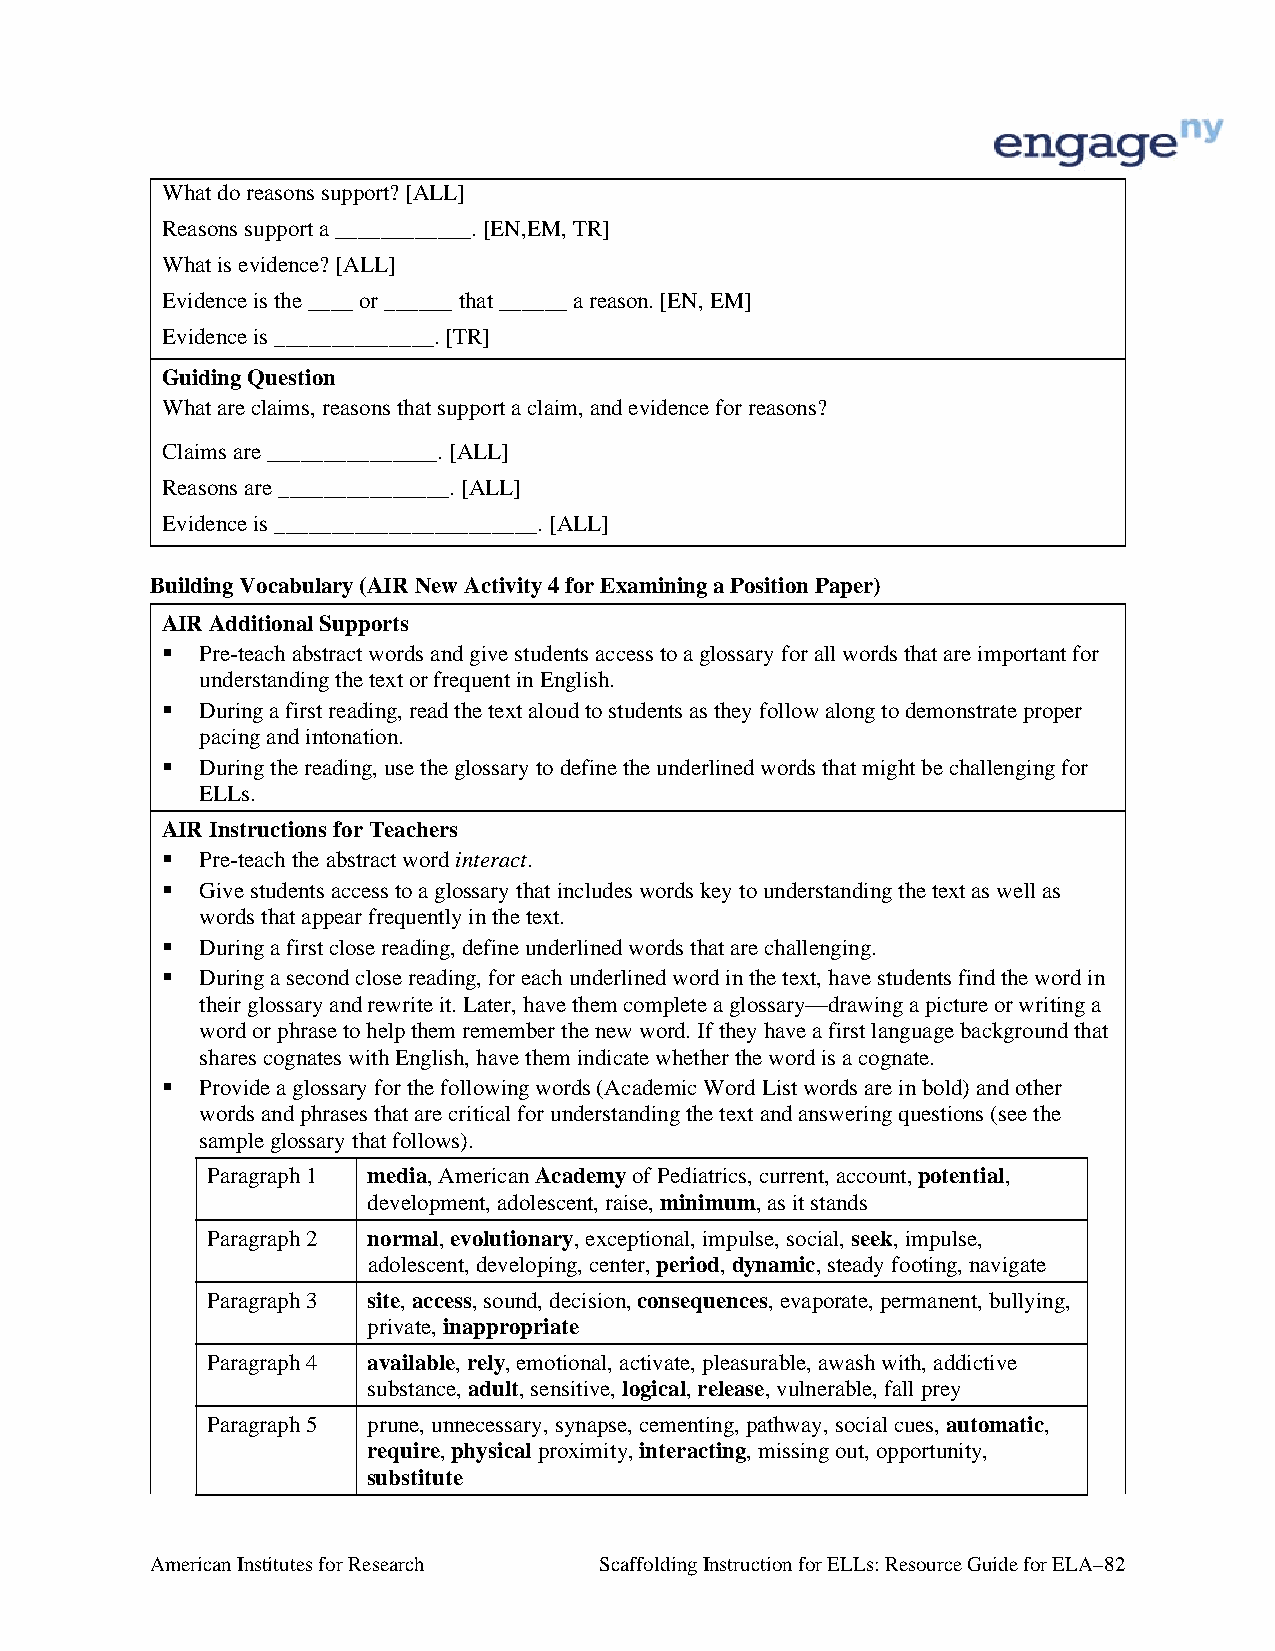
What do reasons support? [ALL]
 Reasons support a ____________. [EN,EM, TR]
 What is evidence? [ALL]
 Evidence is the ____ or ______ that ______ a reason. [EN, EM]
 Evidence is ______________. [TR]
 Guiding Question
 What are claims, reasons that support a claim, and evidence for reasons?
 Claims are _______________. [ALL]
 Reasons are _______________. [ALL]
 Evidence is _______________________. [ALL]
 Building Vocabulary (AIR New Activity 4 for Examining a Position Paper)
 AIR Additional Supports
  Pre-teach abstract words and give students access to a glossary for all words that are important for
 understanding the text or frequent in English.
  During a first reading, read the text aloud to students as they follow along to demonstrate proper
 pacing and intonation.
  During the reading, use the glossary to define the underlined words that might be challenging for
 ELLs.
 AIR Instructions for Teachers
  Pre-teach the abstract word interact.
  Give students access to a glossary that includes words key to understanding the text as well as
 words that appear frequently in the text.
  During a first close reading, define underlined words that are challenging.
  During a second close reading, for each underlined word in the text, have students find the word in
 their glossary and rewrite it. Later, have them complete a glossary—drawing a picture or writing a
 word or phrase to help them remember the new word. If they have a first language background that
 shares cognates with English, have them indicate whether the word is a cognate.
  Provide a glossary for the following words (Academic Word List words are in bold) and other
 words and phrases that are critical for understanding the text and answering questions (see the
 sample glossary that follows).
 Paragraph 1 media, American Academy of Pediatrics, current, account, potential,
 development, adolescent, raise, minimum, as it stands
 Paragraph 2 normal, evolutionary, exceptional, impulse, social, seek, impulse,
 adolescent, developing, center, period, dynamic, steady footing, navigate
 Paragraph 3 site, access, sound, decision, consequences, evaporate, permanent, bullying,
 private, inappropriate
 Paragraph 4 available, rely, emotional, activate, pleasurable, awash with, addictive
 substance, adult, sensitive, logical, release, vulnerable, fall prey
 Paragraph 5 prune, unnecessary, synapse, cementing, pathway, social cues, automatic,
 require, physical proximity, interacting, missing out, opportunity,
 substitute
 American Institutes for Research Scaffolding Instruction for ELLs: Resource Guide for ELA–82